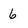
Character: 6